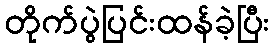
တိုက်ပွဲပြင်းထန်ခဲ့ပြီး